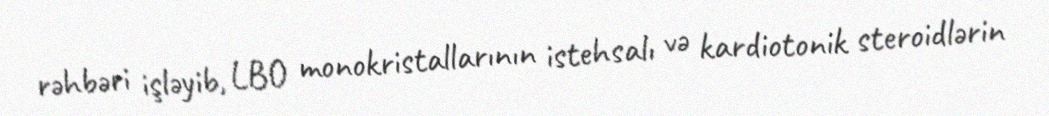
rəhbəri işləyib, LBO monokristallarının istehsalı və kardiotonik steroidlərin